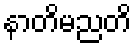
နာတိမညတိ